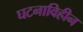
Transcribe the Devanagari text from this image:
घटनाविहीन